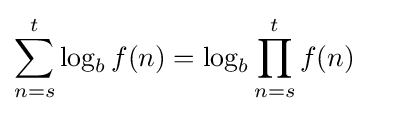
\sum _{n=s}^{t}\log _{b}f(n)=\log _{b}\prod _{n=s}^{t}f(n)\quad